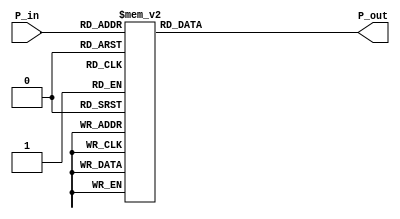
module P_Array(P_in, P_out);

input [4:0] P_in;
output reg [31:0] P_out;

always@(*)
begin
	case(P_in) 
	
	5'b00000 : P_out = 32'h243f6a88;
	5'b00001 : P_out = 32'h85a308d3;
	5'b00010 : P_out = 32'h13198a2e;
	5'b00011 : P_out = 32'h03707344;
	
	5'b00100 : P_out = 32'ha4093822;
	5'b00101 : P_out = 32'h299f31d0;
	5'b00110 : P_out = 32'h082efa98;
	5'b00111 : P_out = 32'hec4e6c89;
	
	5'b01000 : P_out = 32'h452821e6;
	5'b01001 : P_out = 32'h38d01377;
	5'b01010 : P_out = 32'hbe5466cf;
	5'b01011 : P_out = 32'h34e90c6c;
	
	5'b01100 : P_out = 32'hc0ac29b7;
	5'b01101 : P_out = 32'hc97c50dd;
	5'b01110 : P_out = 32'h3f84d5b5;
	5'b01111 : P_out = 32'hb5470917;
	
	5'b10000 : P_out = 32'h9216d5d9;
	5'b10001 : P_out = 32'h8979fb1b;
	
	default : P_out = 32'h00000000;

endcase	
end
endmodule

//243f6a8885a308d313198a2e03707344a4093822299f31d0082efa98ec4e6c89452821e638d01377be5466cf34e90c6cc0ac29b7c97c50dd3f84d5b5b54709179216d5d98979fb1b